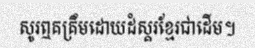
សូរឮគគ្រឹមដោយដំស្គរខ្មែរជាដើម។